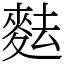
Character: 麮